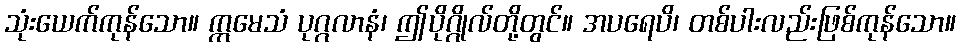
သုံးယေက်ကုန်သော။ ဣမေသံ ပုဂ္ဂလာနံ၊ ဤပိုဂ္ဂိုလ်တို့တွင်။ အပရေပိ၊ တစ်ပါးလည်းဖြစ်ကုန်သော။